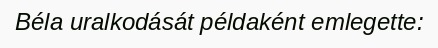
Béla uralkodását példaként emlegette: